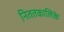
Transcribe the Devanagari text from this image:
निततकालिके